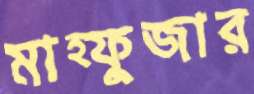
মাহ্ফুজার